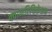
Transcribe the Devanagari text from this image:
क्वानटिफिकेशन